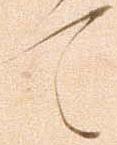
て